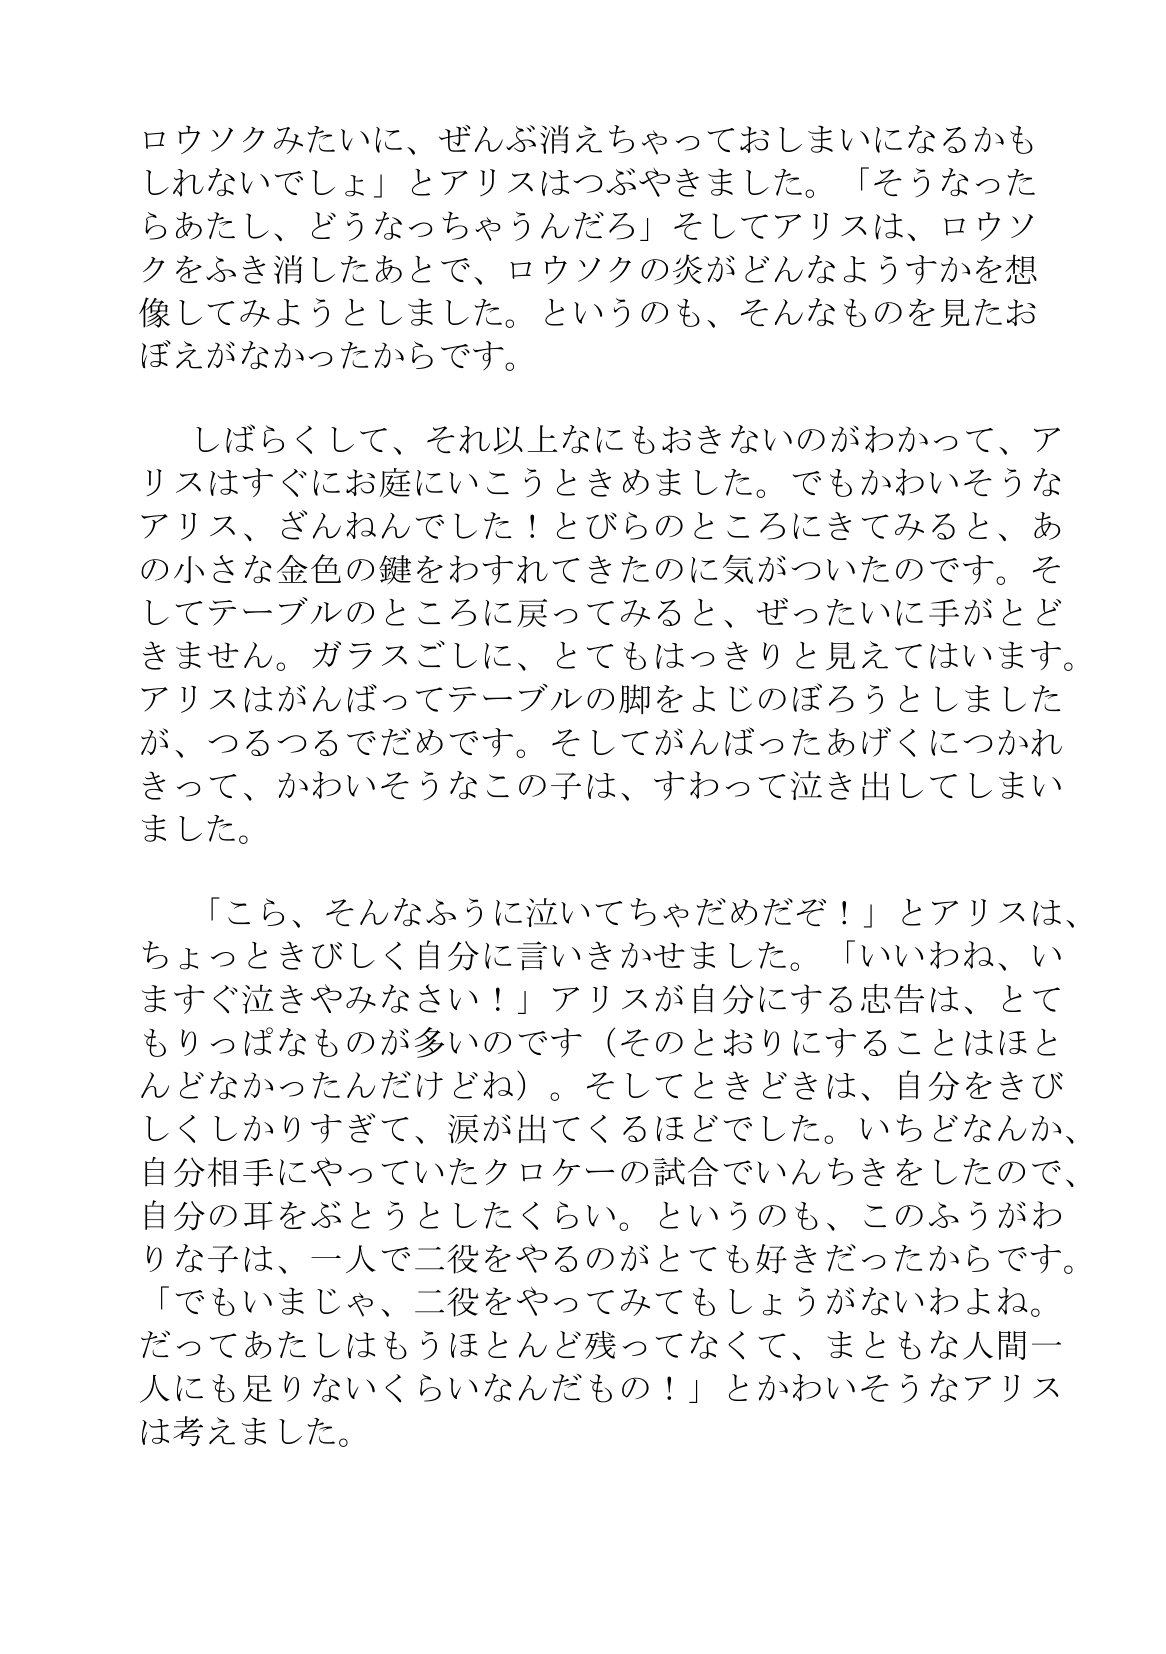
Language: ja